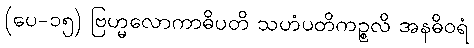
(ပေ-၁၅) ဗြဟ္မလောကာဓိပတိ သဟံပတိကဉ္စလိ အနဓိဝရံ